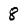
Character: 8